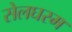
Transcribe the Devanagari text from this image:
सेलघरम